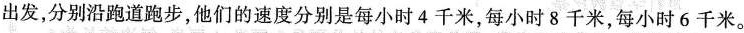
出发，分别沿跑道跑步，他们的速度分别是每小时4千米，每小时8千米，每小时6千米。